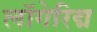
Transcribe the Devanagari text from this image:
लॉगेरिद्म